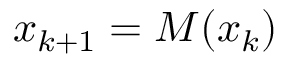
x _ { k + 1 } = M ( x _ { k } )